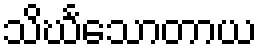
သိင်္ဃသောတာယ